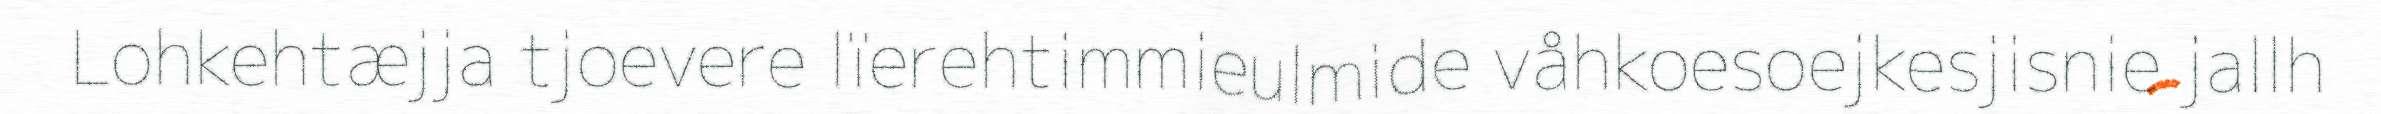
Lohkehtæjja tjoevere lïerehtimmieulmide våhkoesoejkesjisnie jallh